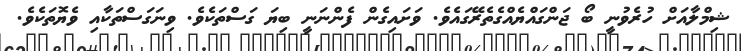
ޝިމްލާއަށް ހުރެވުނީ ބޯ ޖަންގައްޔެއްގެތެރޭގައެވެ. ވަށައިގެން ފެންނަނީ ބިޔަ ގަސްތަކެވެ. ވިނަގަސްތަކާއި ވެޔޮތަކެވެ.